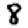
Digit: 8